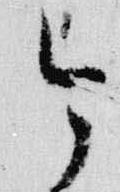
今